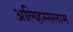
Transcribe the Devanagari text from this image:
अल्य्हिस्सलाम